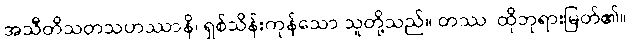
အသီတိသတသဟဿာနိ၊ ရှစ်သိန်းကုန်သော သူတို့သည်။ တဿ၊ ထိုဘုရားမြတ်၏။